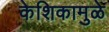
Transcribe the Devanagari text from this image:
केशिकामुळे